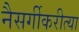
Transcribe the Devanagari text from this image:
नैसर्गीकरीत्या